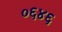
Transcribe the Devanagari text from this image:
०६४६